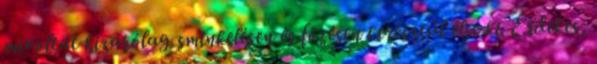
mivoltát kizárólag sminkelésen és főzésen keresztül élje ki. Érdekes,